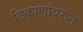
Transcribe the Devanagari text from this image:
ठिकाणांवरून